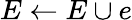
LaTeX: E\leftarrow E\cup e